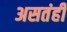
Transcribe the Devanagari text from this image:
असतंही